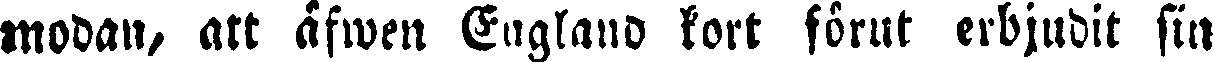
modan, att äfwen England kort förut erbjudit sin